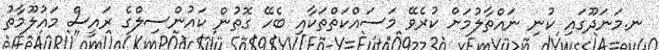
ނ.މަނަދޫގައި ކުނި ނައްތާލުމަށް ކުރެވޭ މަސައްކަތްތަކާއި ބެހޭ ގޮތުން ކައުންސިލްގެ ރައީސް މައުލޫމާތު